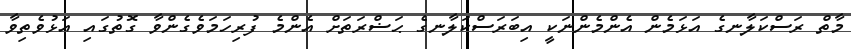
މާތް ރަސްކަލާނގެ އަޅަމެން އެންމެންނަކީ އިބަރަސްކަލާނގެ ޙަޟްރަތަށް އެންމެ ފުރިހަމަވެގެންވާ ގޮތުގައި އަޅުވެތިވާ